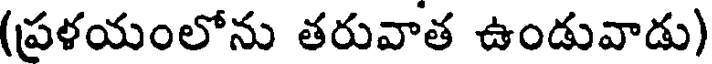
(ప్రళయంలోను తరువాత ఉండువాడు)